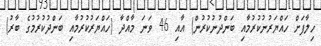
ހިލާފަށް ހައްޔަރުނުކުރުމާއި ބަންދުނުކުރުން) އާއި 46 ވަނަ މާއްދާ (ހައްޔަރުކުރުމާއި ބަންދުކުރުމުގެ ބާރު)